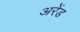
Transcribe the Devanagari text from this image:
अरेंड